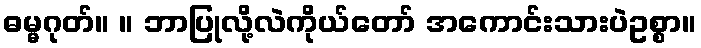
ဓမ္မဂုတ်။ ။ ဘာပြုလို့လဲကိုယ်တော် အကောင်းသားပဲဥစ္စာ။